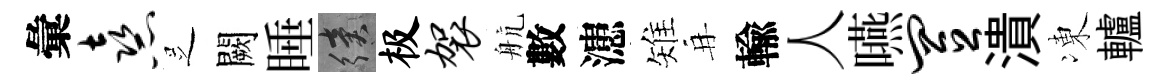
彙熹𠯁闕睡續极袈航數漶雉再輸人嚥置潰凍轤